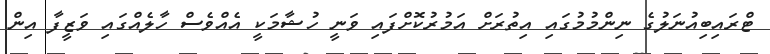
ޓްރައިބިއުނަލުގެ ނިންމުމުގައި އިތުރަށް އަމުރުކޮށްފައި ވަނީ ހުޝާމަކީ އެއްވެސް ހާލެއްގައި ވަޒީފާ އިން